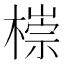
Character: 𣙩